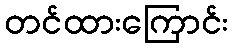
တင်ထားကြောင်း